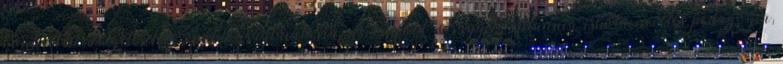
konkrét beszélgetésekre, „boldogságtanításra” is. külföld, Nagy-Britannia, iskola, nevelés, pedagógia,